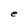
Character: e